Annual report of the Imperial Bacteriologist
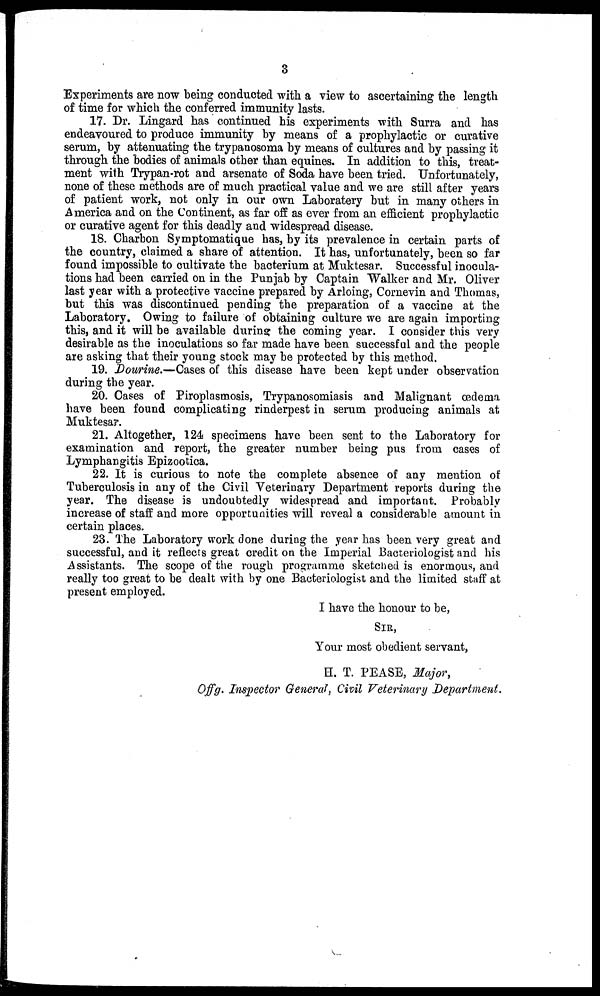
3
Experiments are now being conducted with a view to ascertaining the length
of time for which the conferred immunity lasts.
17. Dr. Lingard has continued his experiments with Surra and has
endeavoured to produce immunity by means of a prophylactic or curative
serum, by attenuating the trypanosoma by means of cultures and by passing it
through the bodies of animals other than equines. In addition to this, treat-
ment with Trypan-rot and arsenate of Soda have been tried. Unfortunately,
none of these methods are of much practical value and we are still after years
of patient work, not only in our own Laboratery but in many others in
America and on the Continent, as far off as ever from an efficient prophylactic
or curative agent for this deadly and widespread disease.
18. Charbon Symptomatique has, by its prevalence in certain parts of
the country, claimed a share of attention. It has, unfortunately, been so far
found impossible to cultivate the bacterium at Muktesar. Successful inocula-
tions had been carried on in the Punjab by Captain Walker and Mr. Oliver
last year with a protective vaccine prepared by Arloing, Cornevin and Thomas,
but this was discontinued pending the preparation of a vaccine at the
Laboratory. Owing to failure of obtaining culture we are again importing
this, and it will be available during the coming year. I consider this very
desirable as the inoculations so far made have been successful and the people
are asking that their young stock may be protected by this method.
19. Dourine.-Cases of this disease have been kept under observation
during the year.
20. Cases of Piroplasmosis, Trypanosomiasis and Malignant œdema
have been found complicating rinderpest in serum producing animals at
Muktesar.
21. Altogether, 124 specimens have been sent to the Laboratory for
examination and report, the greater number being pus from cases of
Lymphangitis Epizootica.
22. It is curious to note the complete absence of any mention of
Tuberculosis in any of the Civil Veterinary Department reports during the
year. The disease is undoubtedly widespread and important. Probably
increase of staff and more opportunities will reveal a considerable amount in
certain places.
23. The Laboratory work done during the year has been very great and
successful, and it reflects great credit on the Imperial Bacteriologist and his
Assistants. The scope of the rough programme sketched is enormous, and
really too great to be dealt with by one Bacteriologist and the limited staff at
present employed.
I have the honour to be,
SIR,
Your most obedient servant,
H. T. PEASE, Major,
Offg. Inspector General, Civil Veterinary Department.